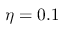
\eta = 0 . 1